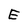
Character: E